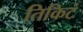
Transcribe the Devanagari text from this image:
तिकिटं